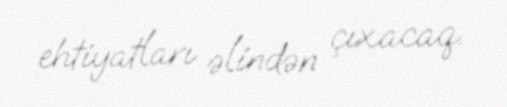
ehtiyatları əlindən çıxacaq.